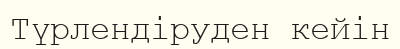
Түрлендіруден кейін